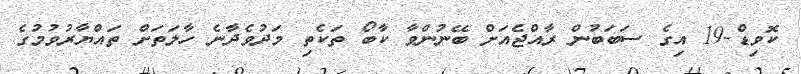
ކޮވިޑް-19 އިގެ ސަބަބުން ރާއްޖެއަށް ބޭނުންވާ ކާބޯ ތަކެތި މަދުވެދާނެ ހާލަތަށް ތައްޔާރުވުމުގެ